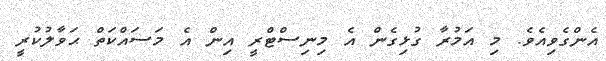
އެންގެވިއެވެ. މި އަމުރާ ގުޅިގެން އެ މިނިސްޓްރީ އިން އެ މަސައްކަތް ޙަވާލުކުރީ